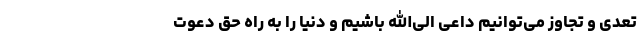
تعدی و تجاوز می‌توانیم داعی الی‌الله باشیم و دنیا را به راه حق دعوت